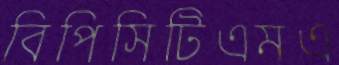
বিপিসিটিএমএ